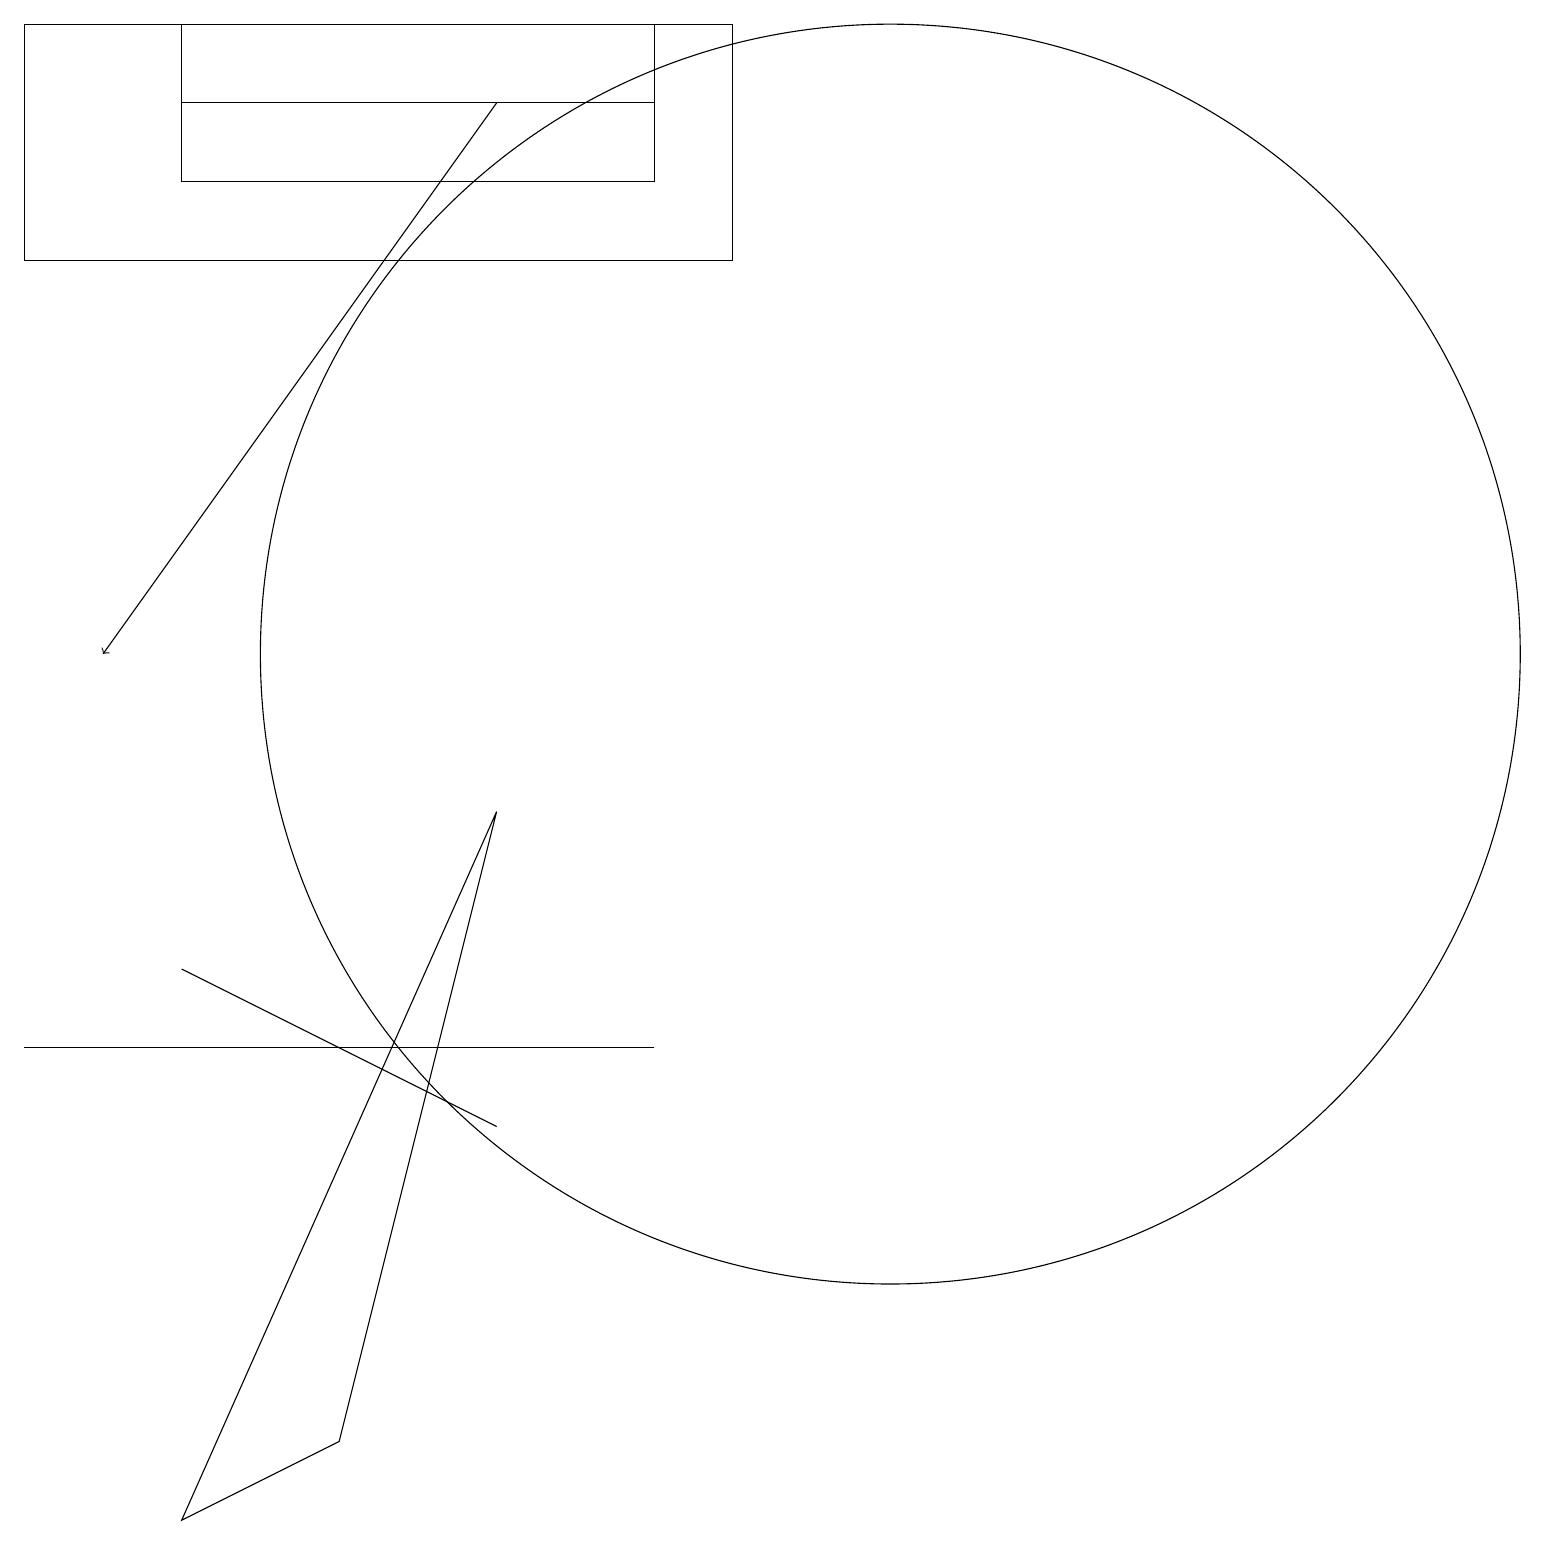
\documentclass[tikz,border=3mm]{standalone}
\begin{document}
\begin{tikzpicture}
\draw[->] (6,18) -- (1,11);
\draw (2,18) rectangle (8,17);
\draw (5,6) -- (0,6) -- (8,6) -- cycle;
\draw (11,11) circle (8);
\draw (0,16) rectangle (9,19);
\draw (2,19) rectangle (8,18);
\draw (4,6) -- (6,5) -- (2,7) -- cycle;
\draw (2,0) -- (6,9) -- (4,1) -- cycle;
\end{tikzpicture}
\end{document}